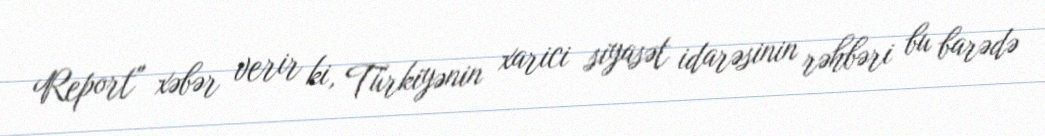
Report" xəbər verir ki, Türkiyənin xarici siyasət idarəsinin rəhbəri bu barədə